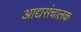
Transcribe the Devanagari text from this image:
आद्यसंचालक